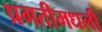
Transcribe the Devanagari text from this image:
प्रगतीमधली